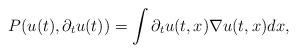
LaTeX: \begin{align*}P(u(t),\partial_t u(t)) = \int \partial_t u(t,x) \nabla u(t,x) dx,\end{align*}